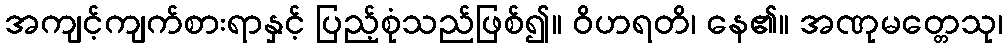
အကျင့်ကျက်စားရာနှင့် ပြည့်စုံသည်ဖြစ်၍။ ဝိဟရတိ၊ နေ၏။ အဏုမတ္တေသု၊